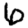
Digit: 6